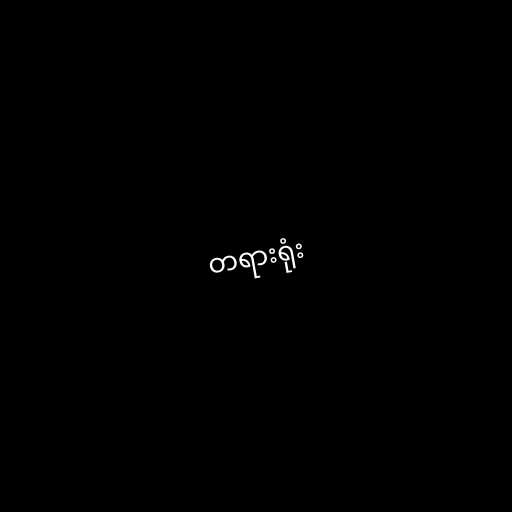
တရားရုံး